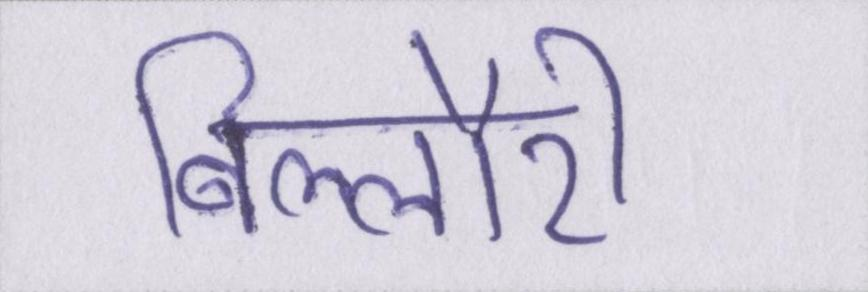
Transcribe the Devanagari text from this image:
बिल्लौरी